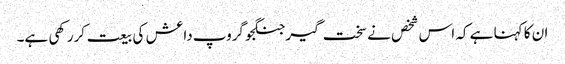
ان کا کہنا ہے کہ اس شخص نے سخت گیر جنگجو گروپ داعش کی بیعت کررکھی ہے۔